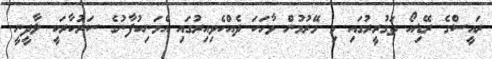
ރައީސްގެ ރޭޑިއޯ ތަގުރީރުގައި މި މޭރުމުން ވާހަކަ ދެއްކެވިއިރުގައި އެމަނިކުފާނުގެ ސަރުކާރަކީ ލާދީނީ